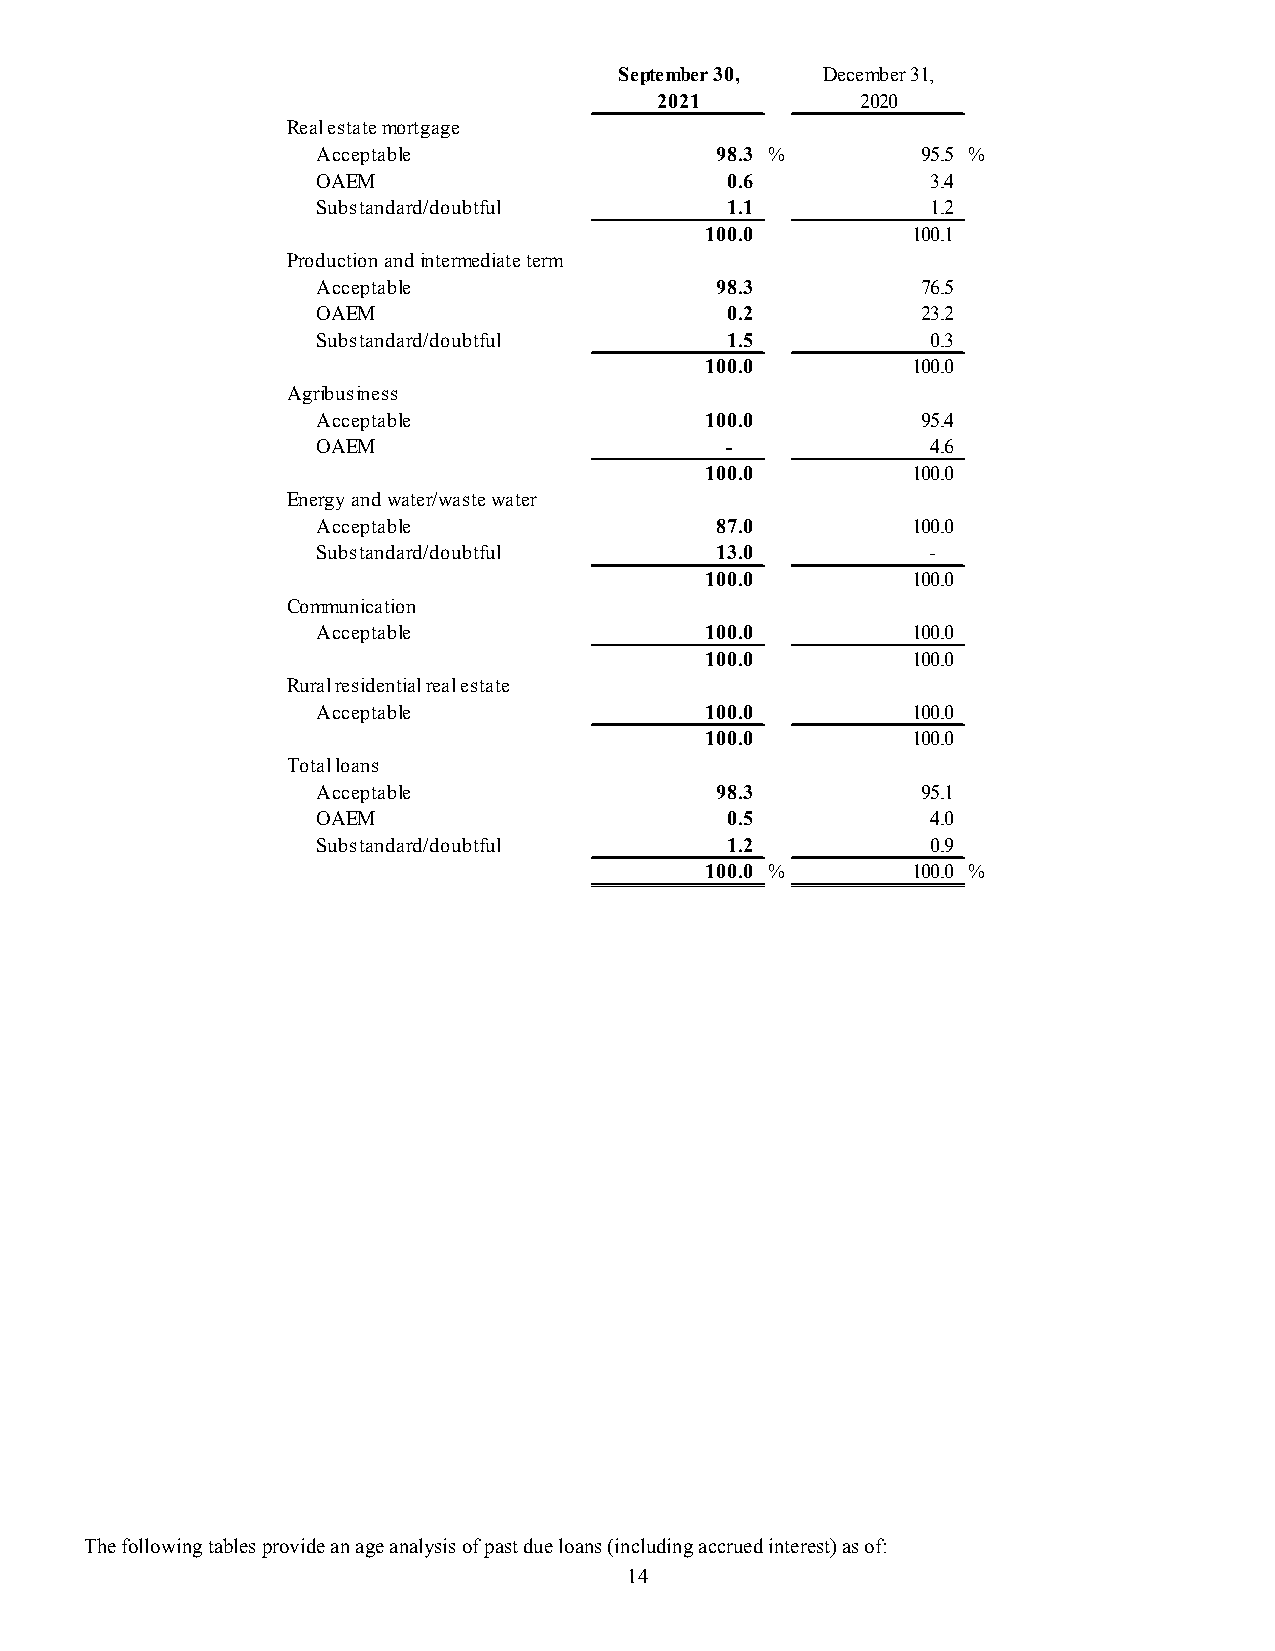
September 30, December 31,
 2021         2020
 Real estate mortgage
 Acceptable                9 8.3 %       9 5.5 %
 OAEM                       0 .6          3 .4
 Substandard/doubtful       1 .1          1 .2
 1 00.0       1 00.1
 Production and intermediate term
 Acceptable                9 8.3         7 6.5
 OAEM                       0 .2         2 3.2
 Substandard/doubtful       1 .5          0 .3
 1 00.0       1 00.0
 Agribusiness
 Acceptable                1 00.0        9 5.4
 OAEM                       -             4 .6
 1 00.0       1 00.0
 Energy and water/waste water
 Acceptable                8 7.0        1 00.0
 Substandard/doubtful      1 3.0         -
 1 00.0       1 00.0
 Communication
 Acceptable                1 00.0       1 00.0
 1 00.0       1 00.0
 Rural residential real estate
 Acceptable                1 00.0       1 00.0
 1 00.0       1 00.0
 Total loans
 Acceptable                9 8.3         9 5.1
 OAEM                       0 .5          4 .0
 Substandard/doubtful       1 .2          0 .9
 1 00.0 %     1 00.0 %
 The following tables provide an age analysis of past due loans (including accrued interest) as of:
 14